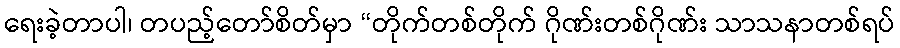
ရေးခဲ့တာပါ၊ တပည့်တော်စိတ်မှာ “တိုက်တစ်တိုက် ဂိုဏ်းတစ်ဂိုဏ်း သာသနာတစ်ရပ်